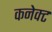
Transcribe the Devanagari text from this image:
कनेक्‍ट